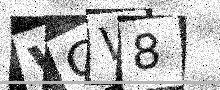
Text: VCV8